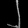
Digit: ၂